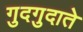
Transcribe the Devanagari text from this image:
गुदगुदाते